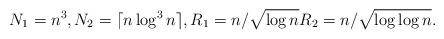
LaTeX: \begin{align*} N_1 = n^3, N_2 = \lceil n \log^3 n \rceil, R_1 = n / \sqrt{\log n} R_2 = n / \sqrt{\log \log n}. \end{align*}